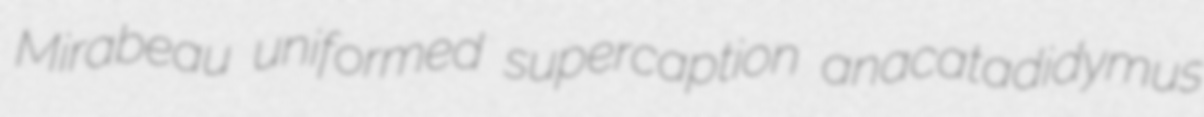
Mirabeau uniformed supercaption anacatadidymus